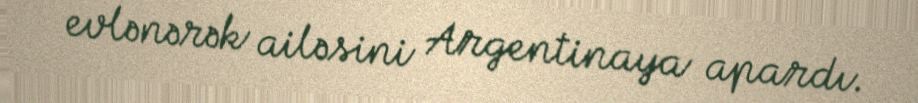
evlənərək ailəsini Argentinaya apardı.